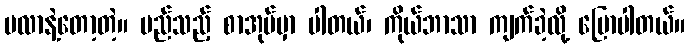
မလာနဲ့တော့တဲ့။ မည်သည့် စာအုပ်မှာ ပါတယ်၊ ကိုယ်ဘာသာ ကျက်ခဲ့လို့ ပြောပါတယ်။